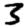
Digit: 3